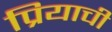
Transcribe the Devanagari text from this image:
प्रियाची